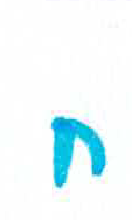
אות: ח